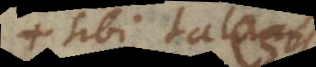
sibi tales